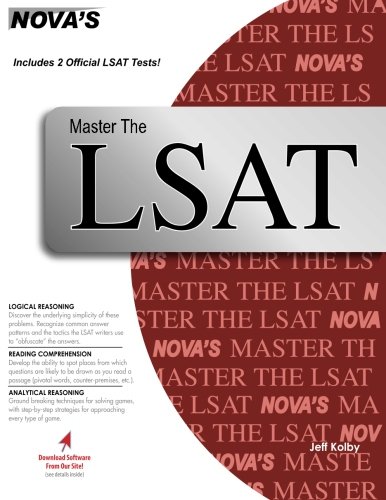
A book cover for Master the LSAT; Jeff Kolby; Test Preparation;